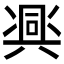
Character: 𱏵